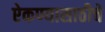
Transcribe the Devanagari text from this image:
ऐकण्यासाठीचे